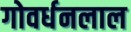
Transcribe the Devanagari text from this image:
गोवर्धनलाल